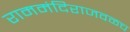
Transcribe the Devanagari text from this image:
राममंदिराजवळच